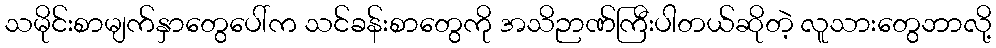
သမိုင်းစာမျက်နှာတွေပေါ်က သင်ခန်းစာတွေကို အသိဉာဏ်ကြီးပါတယ်ဆိုတဲ့ လူသားတွေဘာလို့